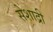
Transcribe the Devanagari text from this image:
सेशाद्री